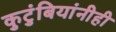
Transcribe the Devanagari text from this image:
कुटुंबियांनीही